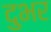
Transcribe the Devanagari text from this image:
दुभर